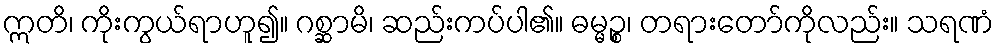
ဣတိ၊ ကိုးကွယ်ရာဟူ၍။ ဂစ္ဆာမိ၊ ဆည်းကပ်ပါ၏။ ဓမ္မဉ္စ၊ တရားတော်ကိုလည်း။ သရဏံ